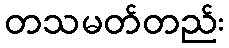
တသမတ်တည်း